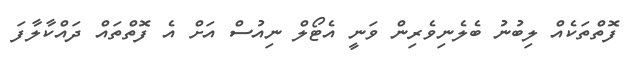
ފޮތްތަކެއް ލިބުނު ބެލެނިވެރިން ވަނީ އެޓޯލް ނިއުސް އަށް އެ ފޮތްތައް ދައްކާލާފަ